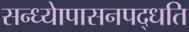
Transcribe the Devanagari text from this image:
सन्ध्याेपासनपद्धति